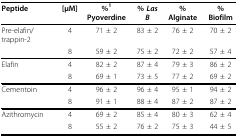
<table><thead><tr><td><b>Peptide</b></td><td><b>[μM]</b></td><td><b>%<sup>1 </sup>Pyoverdine</b></td><td><b>% <i>Las B</i></b></td><td><b>% Alginate</b></td><td><b>% Biofilm</b></td></tr></thead><tbody><tr><td>Pre-elafin/trappin-2</td><td>4</td><td>71 ± 2</td><td>83 ± 2</td><td>76 ± 2</td><td>70 ± 2</td></tr><tr><td></td><td>8</td><td>59 ± 2</td><td>75 ± 2</td><td>72 ± 2</td><td>57 ± 4</td></tr><tr><td>Elafin</td><td>4</td><td>82 ± 2</td><td>87 ± 4</td><td>79 ± 3</td><td>86 ± 2</td></tr><tr><td></td><td>8</td><td>69 ± 1</td><td>73 ± 5</td><td>77 ± 2</td><td>69 ± 2</td></tr><tr><td>Cementoin</td><td>4</td><td>96 ± 2</td><td>96 ± 4</td><td>95 ± 1</td><td>94 ± 2</td></tr><tr><td></td><td>8</td><td>91 ± 1</td><td>88 ± 4</td><td>87 ± 2</td><td>87 ± 2</td></tr><tr><td>Azithromycin</td><td>4</td><td>69 ± 2</td><td>85 ± 4</td><td>80 ± 3</td><td>62 ± 4</td></tr><tr><td></td><td>8</td><td>55 ± 2</td><td>76 ± 2</td><td>75 ± 3</td><td>44 ± 5</td></tr></tbody></table>